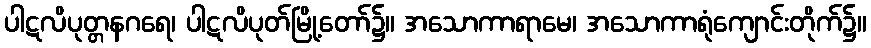
ပါဋလိပုတ္တနဂရေ၊ ပါဋလိပုတ်မြို့တော်၌။ အသောကာရာမေ၊ အသောကာရုံကျောင်းတိုက်၌။